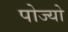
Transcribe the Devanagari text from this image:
पोज्यो